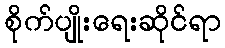
စိုက်ပျိုးရေးဆိုင်ရာ